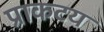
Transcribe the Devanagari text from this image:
प्राकटय